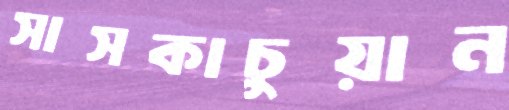
সাসকাচুয়ান